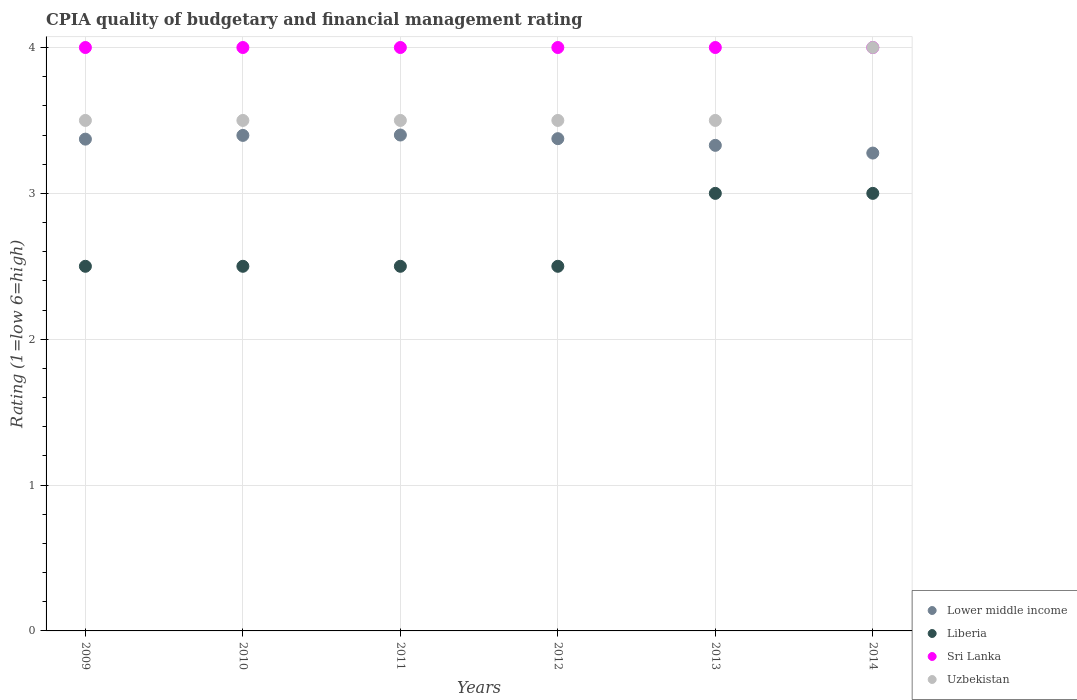
| Years | Lower middle income | Liberia | Sri Lanka | Uzbekistan |
 | --- | --- | --- | --- | --- |
 | 2009 | 3.37 | 2.5 | 4 | 3.5 |
 | 2010 | 3.4 | 2.5 | 4 | 3.5 |
 | 2011 | 3.4 | 2.5 | 4 | 3.5 |
 | 2012 | 3.38 | 2.5 | 4 | 3.5 |
 | 2013 | 3.33 | 3 | 4 | 3.5 |
 | 2014 | 3.28 | 3 | 4 | 4 |